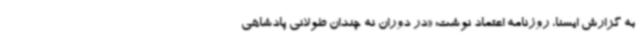
به گزارش ایسنا، روزنامه اعتماد نوشت: «در دوران نه چندان طولانی پادشاهی